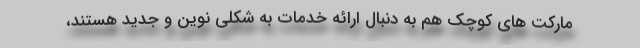
مارکت های کوچک هم به دنبال ارائه خدمات به شکلی نوین و جدید هستند،